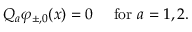
Q _ { a } \varphi _ { \pm , 0 } ( x ) = 0 ~ ~ ~ ~ \mathrm { f o r } ~ a = 1 , 2 .